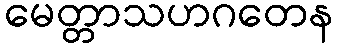
မေတ္တာသဟဂတေန